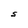
Character: S